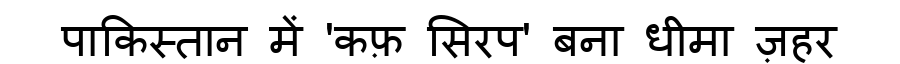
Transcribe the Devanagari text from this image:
पाकिस्तान में 'कफ़ सिरप' बना धीमा ज़हर